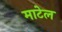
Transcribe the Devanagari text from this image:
माटेल